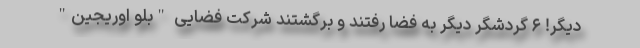
دیگر! ۶ گردشگر دیگر به فضا رفتند و برگشتند شرکت فضایی "بلو اوریجین"